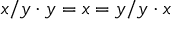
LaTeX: x / y \cdot y = x = y / y \cdot x